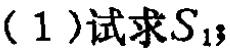
( 1 )试求\(S_{13}\)